Annual report on the Civil Veterinary Department, Burma (including the Insein Veterinary School) - 1932-1941
Year: 1932
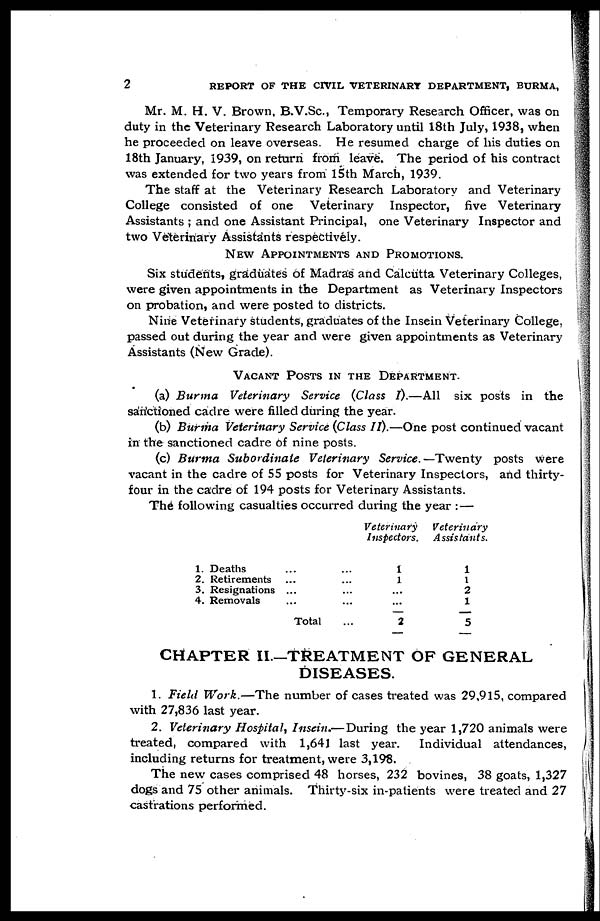
2
REPORT OF THE CIVIL VETERINARY DEPARTMENT, BURMA,
Mr. M. H. V. Brown, B.V.Sc., Temporary Research Officer, was on
duty in the Veterinary Research Laboratory until 18th July, 1938, when
he proceeded on leave overseas. He resumed charge of his duties on
18th January, 1939, on return from leave. The period of his contract
was extended for two years from 15th March, 1939.
The staff at the Veterinary Research Laboratory and Veterinary
College consisted of one Veterinary Inspector, five Veterinary
Assistants ; and one Assistant Principal, one Veterinary Inspector and
two Veterinary Assistants respectively.
NEW APPOINTMENTS AND PROMOTIONS.
Six students, graduates of Madras and Calcutta Veterinary Colleges,
were given appointments in the Department as Veterinary Inspectors
on probation, and were posted to districts.
Nine Veterinary students, graduates of the Insein Veterinary College,
passed out during the year and were given appointments as Veterinary
Assistants (New Grade).
VACANT POSTS IN THE DEPARTMENT.
(a) Burma Veterinary Service (Class I).—All six posts in the
sanctioned cadre were filled during the year.
(b) Burma Veterinary Service (Class II).—One post continued vacant
in the sanctioned cadre of nine posts.
(c) Burma Subordinate Veterinary Service.—Twenty posts were
vacant in the cadre of 55 posts for Veterinary Inspectors, and thirty-
four in the cadre of 194 posts for Veterinary Assistants.
The following casualties occurred during the year : —
1.
2.
3.
4.
Deaths ... ...
Retirements ... ...
Resignations ... ...
Removals ... ...
Total ...
Veterinary
Inspectors.
1
1
...
...
2
Veterinary
Assistants.
1
1
2
1
5
CHAPTER II—TREATMENT OF GENERAL
DISEASES.
1. Field Work.—The number of cases treated was 29,915, compared
with 27,836 last year.
2. Veterinary Hospital, Insein.—During the year 1,720 animals were
treated, compared with 1,641 last year. Individual attendances,
including returns for treatment, were 3,198.
The new cases comprised 48 horses, 232 bovines, 38 goats, 1,327
dogs and 75 other animals. Thirty-six in-patients were treated and 27
castrations performed.